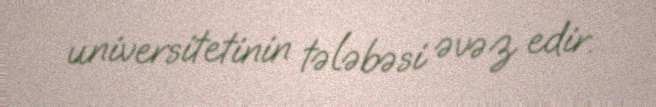
universitetinin tələbəsi əvəz edir.